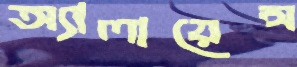
অ্যালায়েন্স